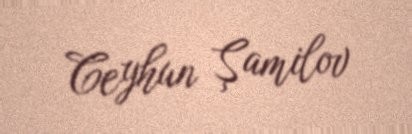
Ceyhun Şamilov